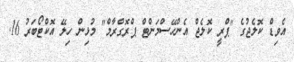
އެވިޑް ކޮލެޖުގެ "ޕްރީ ކޮލެޖް އެންހޭސްމަންޓް ޕްރޮގްރާމް" މުޅިން ހިލޭ އޮކްޓޯބަރު 16